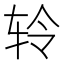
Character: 𫐉